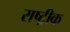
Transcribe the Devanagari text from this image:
राष्ट्रीक